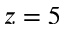
z = 5